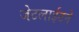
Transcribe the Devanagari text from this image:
जेटलाईटने